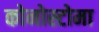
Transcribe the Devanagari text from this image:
कोनोस्टोमा